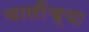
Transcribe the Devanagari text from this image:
चालींच्या